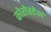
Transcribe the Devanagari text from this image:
कोरोस्टेन